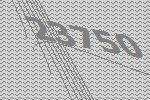
23750